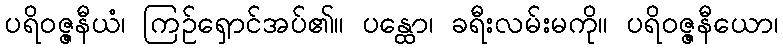
ပရိဝဇ္ဇနီယံ၊ ကြဉ်ရှောင်အပ်၏။ ပန္ထော၊ ခရီးလမ်းမကို။ ပရိဝဇ္ဇနီယော၊